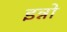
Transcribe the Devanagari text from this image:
इन्नो